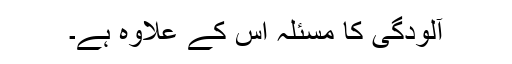
آلودگی کا مسئلہ اس کے علاوہ ہے۔